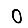
Digit: 0